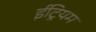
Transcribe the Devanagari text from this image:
ईट्रियम